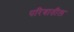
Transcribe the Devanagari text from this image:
परिवातील